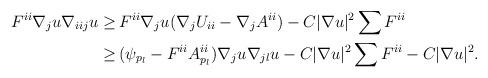
LaTeX: \begin{align*}\begin{aligned}F^{ii} \nabla_{j} u \nabla_{iij} u \geq \,& F^{ii} \nabla_{j} u (\nabla_{j} U_{ii} - \nabla_{j} A^{ii}) - C |\nabla u|^2 \sum F^{ii} \\ \geq \,& (\psi_{p_{l}} - F^{ii} A^{ii}_{p_l}) \nabla_{j} u \nabla_{jl} u - C |\nabla u|^2 \sum F^{ii}- C |\nabla u|^2.\end{aligned}\end{align*}